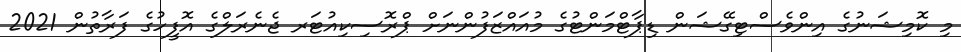
މި ކޮމިޝަނުގެ އިންވެސްޓިގޭޝަން ޑިޕާޓްމަންޓުގެ މުއައްޒަފުންނަށް ޕްރޮސިކިއުޓަރ ޖެނެރަލްގެ އޮފީހުގެ ފަރާތުން 2021